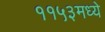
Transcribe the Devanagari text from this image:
११५३मध्ये